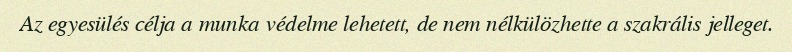
Az egyesülés célja a munka védelme lehetett, de nem nélkülözhette a szakrális jelleget.